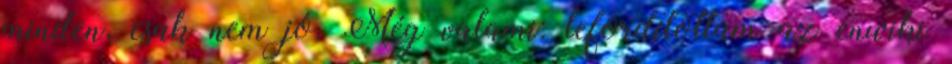
minden, csak nem jó. Még valami: lefordítottam az enwiki